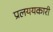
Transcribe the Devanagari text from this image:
प्रलययकारी